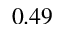
0 . 4 9